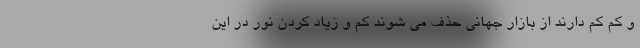
و کم کم دارند از بازار جهانی حذف می شوند کم و زیاد کردن نور در این